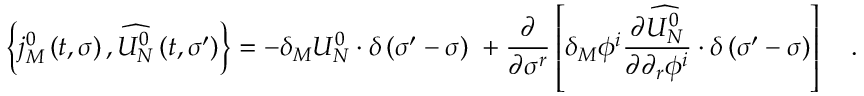
\left\{ j _ { M } ^ { 0 } \left( t , \sigma \right) , \widehat { U _ { N } ^ { 0 } } \left( t , \sigma ^ { \prime } \right) \right\} = - \delta _ { M } U _ { N } ^ { 0 } \cdot \delta \left( \sigma ^ { \prime } - \sigma \right) \; + \frac \partial { \partial \sigma ^ { r } } \left[ \delta _ { M } \phi ^ { i } \frac { \partial \widehat { U _ { N } ^ { 0 } } } { \partial \partial _ { r } \phi ^ { i } } \cdot \delta \left( \sigma ^ { \prime } - \sigma \right) \right] \quad .